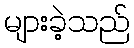
များခဲ့သည်